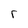
Character: r